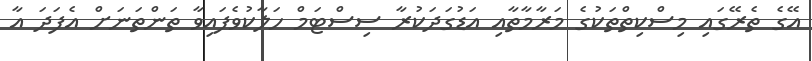
އޭގެ ތެރޭގައި މިސްކިތްތަކުގެ މަރާމާތާއި އަޑުގަދަކުރާ ސިސްޓަމް ހަލާކުވެފައިވާ ތަންތަނަށް އެފަދަ އާ